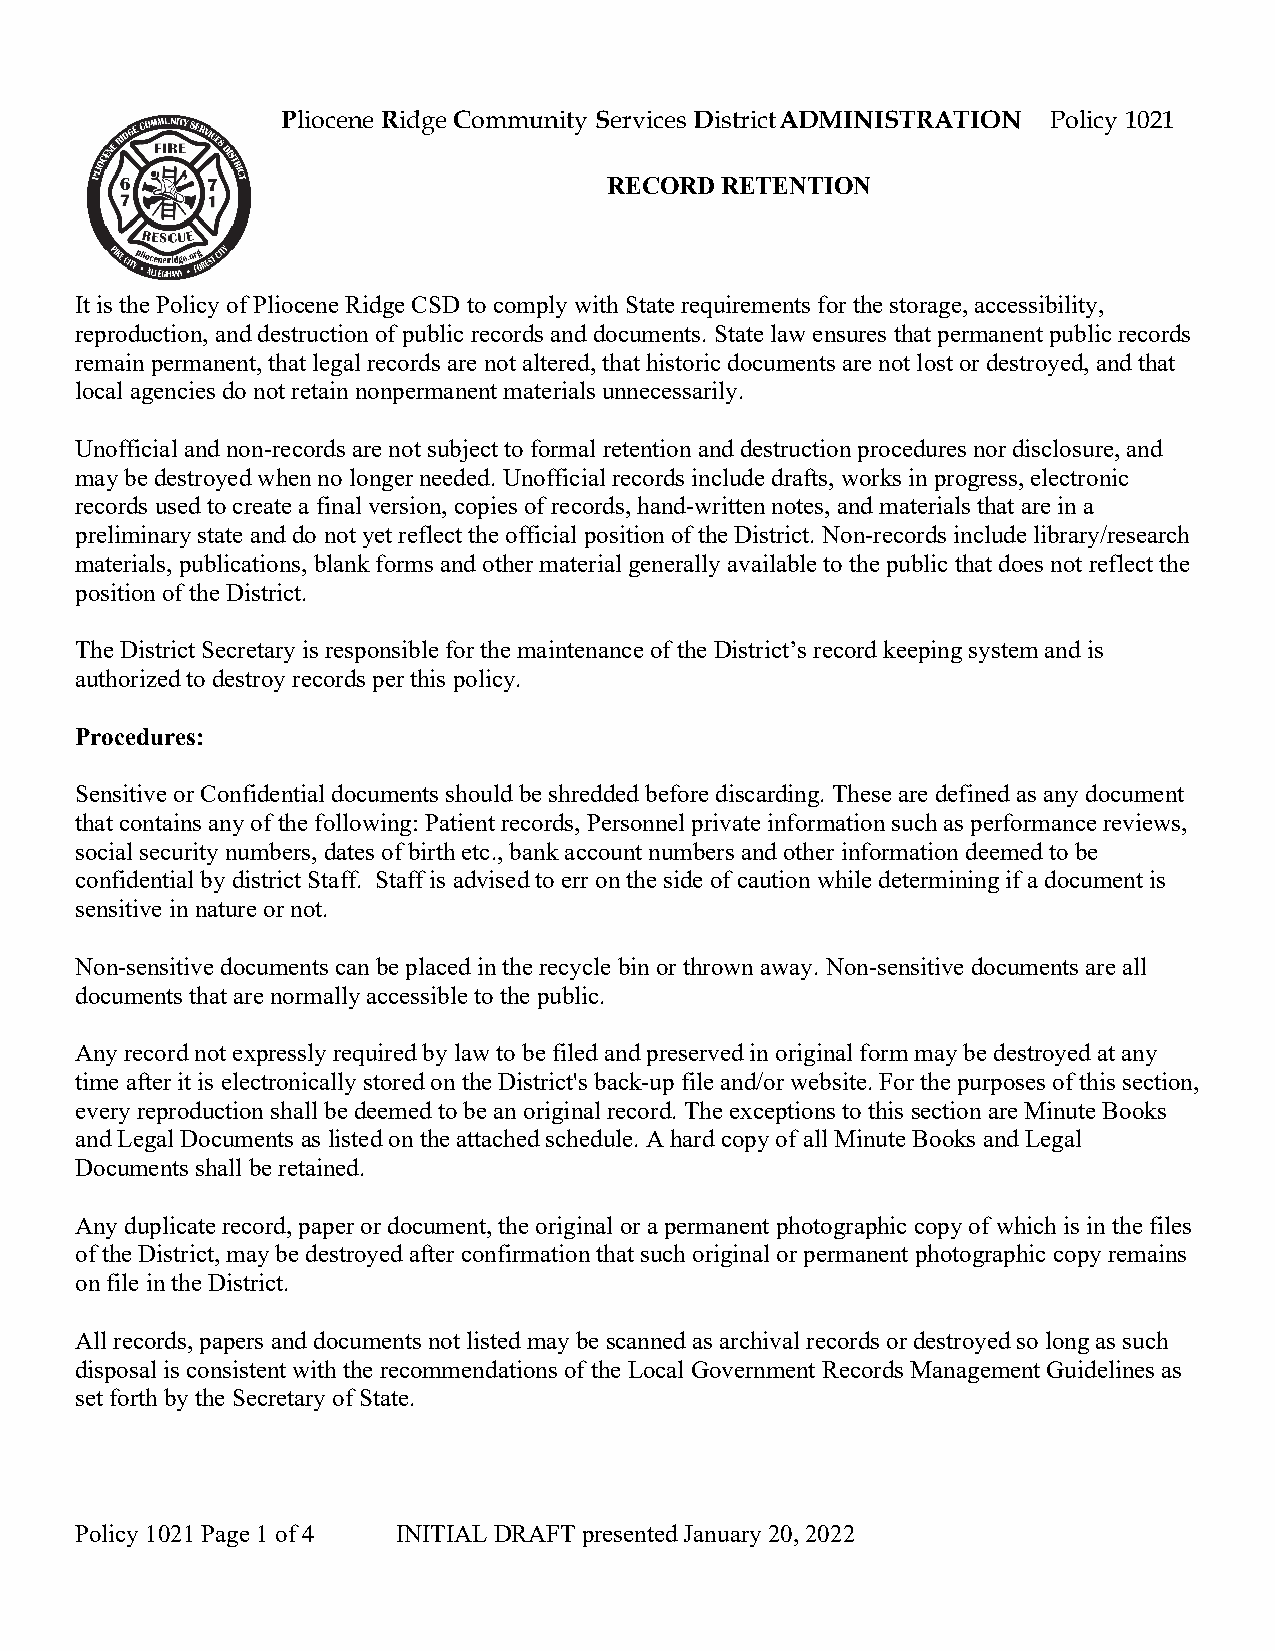
Pliocene Ridge Community Services District ADMINISTRATION Policy 1021
 RECORD  RETENTION
 It is the Policy of Pliocene Ridge CSD to comply with State requirements for the storage, accessibility,
 reproduction, and destruction of public records and documents. State law ensures that permanent public records
 remain permanent, that legal records are not altered, that historic documents are not lost or destroyed, and that
 local agencies do not retain nonpermanent materials unnecessarily.
 Unofficial and non-records are not subject to formal retention and destruction procedures nor disclosure, and
 may be destroyed when no longer needed. Unofficial records include drafts, works in progress, electronic
 records used to create a final version, copies of records, hand-written notes, and materials that are in a
 preliminary state and do not yet reflect the official position of the District. Non-records include library/research
 materials, publications, blank forms and other material generally available to the public that does not reflect the
 position of the District.
 The District Secretary is responsible for the maintenance of the District’s record keeping system and is
 authorized to destroy records per this policy.
 Procedures:
 Sensitive or Confidential documents should be shredded before discarding. These are defined as any document
 that contains any of the following: Patient records, Personnel private information such as performance reviews,
 social security numbers, dates of birth etc., bank account numbers and other information deemed to be
 confidential by district Staff. Staff is advised to err on the side of caution while determining if a document is
 sensitive in nature or not.
 Non-sensitive documents can be placed in the recycle bin or thrown away. Non-sensitive documents are all
 documents that are normally accessible to the public.
 Any record not expressly required by law to be filed and preserved in original form may be destroyed at any
 time after it is electronically stored on the District's back-up file and/or website. For the purposes of this section,
 every reproduction shall be deemed to be an original record. The exceptions to this section are Minute Books
 and Legal Documents as listed on the attached schedule. A hard copy of all Minute Books and Legal
 Documents shall be retained.
 Any duplicate record, paper or document, the original or a permanent photographic copy of which is in the files
 of the District, may be destroyed after confirmation that such original or permanent photographic copy remains
 on file in the District.
 All records, papers and documents not listed may be scanned as archival records or destroyed so long as such
 disposal is consistent with the recommendations of the Local Government Records Management Guidelines as
 set forth by the Secretary of State.
 Policy 1021 Page 1 of 4 INITIAL DRAFT presented January 20, 2022